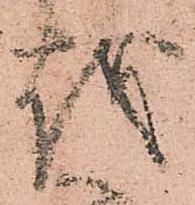
越